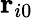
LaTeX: \mathbf{r}_{i0}